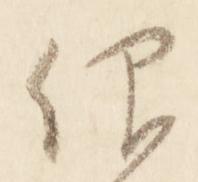
仰